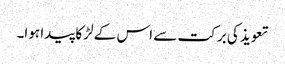
تعویذ کی برکت سے اس کے لڑکا پیدا ہوا۔